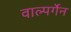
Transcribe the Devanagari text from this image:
वाल्पर्गेन